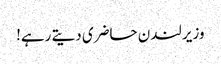
وزیر لندن حاضری دیتے رہے!